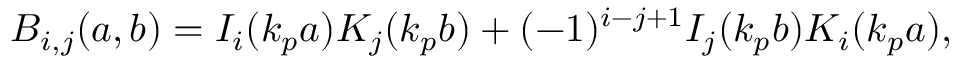
B _ { i , j } ( a , b ) = I _ { i } ( k _ { p } a ) K _ { j } ( k _ { p } b ) + ( - 1 ) ^ { i - j + 1 } I _ { j } ( k _ { p } b ) K _ { i } ( k _ { p } a ) ,